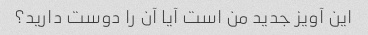
این آویز جدید من است آیا آن را دوست دارید؟